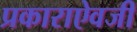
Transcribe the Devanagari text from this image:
प्रकाराऐवजी